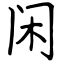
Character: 闲